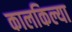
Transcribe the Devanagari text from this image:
कालकिल्या